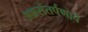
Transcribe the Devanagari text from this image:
अन्नसंतर्पणाचे